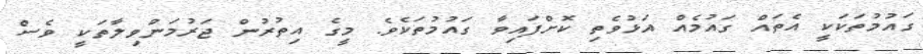
ގައުމުތަކަކީ އެތައް ގައުމެއް އަޅުވެތި ކޮށްފައިވާ ގައުމުތަކެވެ. މީގެ އިތުރުން ޖަރުމަންވިލާތަކީ ވެސް